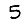
Digit: 5